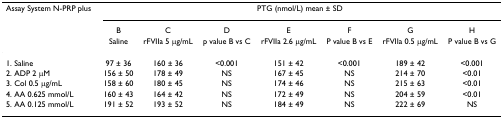
| Assay System N-PRP plus | <COLSPAN=7> PTG (nmol/L) mean ± SD |
 |  | B | C | D | E | F | G | H |
 |  | Saline | rFVIIa 5 μg/mL | p value B vs C | rFVIIa 2.6 μg/mL | P value B vs E | rFVIIa 0.5 μg/mL | P value B vs G |
 | --- | --- | --- | --- | --- | --- | --- | --- |
 | 1. Saline | 97 ± 36 | 160 ± 36 | <0.001 | 151 ± 42 | <0.001 | 189 ± 42 | <0.001 |
 | 2. ADP 2 μM | 156 ± 50 | 178 ± 49 | NS | 167 ± 45 | NS | 214 ± 70 | <0.01 |
 | 3. Col 0.5 μg/mL | 158 ± 60 | 180 ± 45 | NS | 174 ± 46 | NS | 215 ± 63 | <0.01 |
 | 4. AA 0.625 mmol/L | 160 ± 43 | 164 ± 42 | NS | 172 ± 49 | NS | 204 ± 59 | <0.01 |
 | 5. AA 0.125 mmol/L | 191 ± 52 | 193 ± 52 | NS | 184 ± 49 | NS | 222 ± 69 | NS |